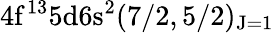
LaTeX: \mathrm{4f^{13}5d6s^{2}(7/2,5/2)_{J=1}}